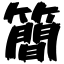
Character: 簡